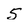
Character: 5